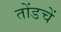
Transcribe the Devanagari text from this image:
तोंडचें